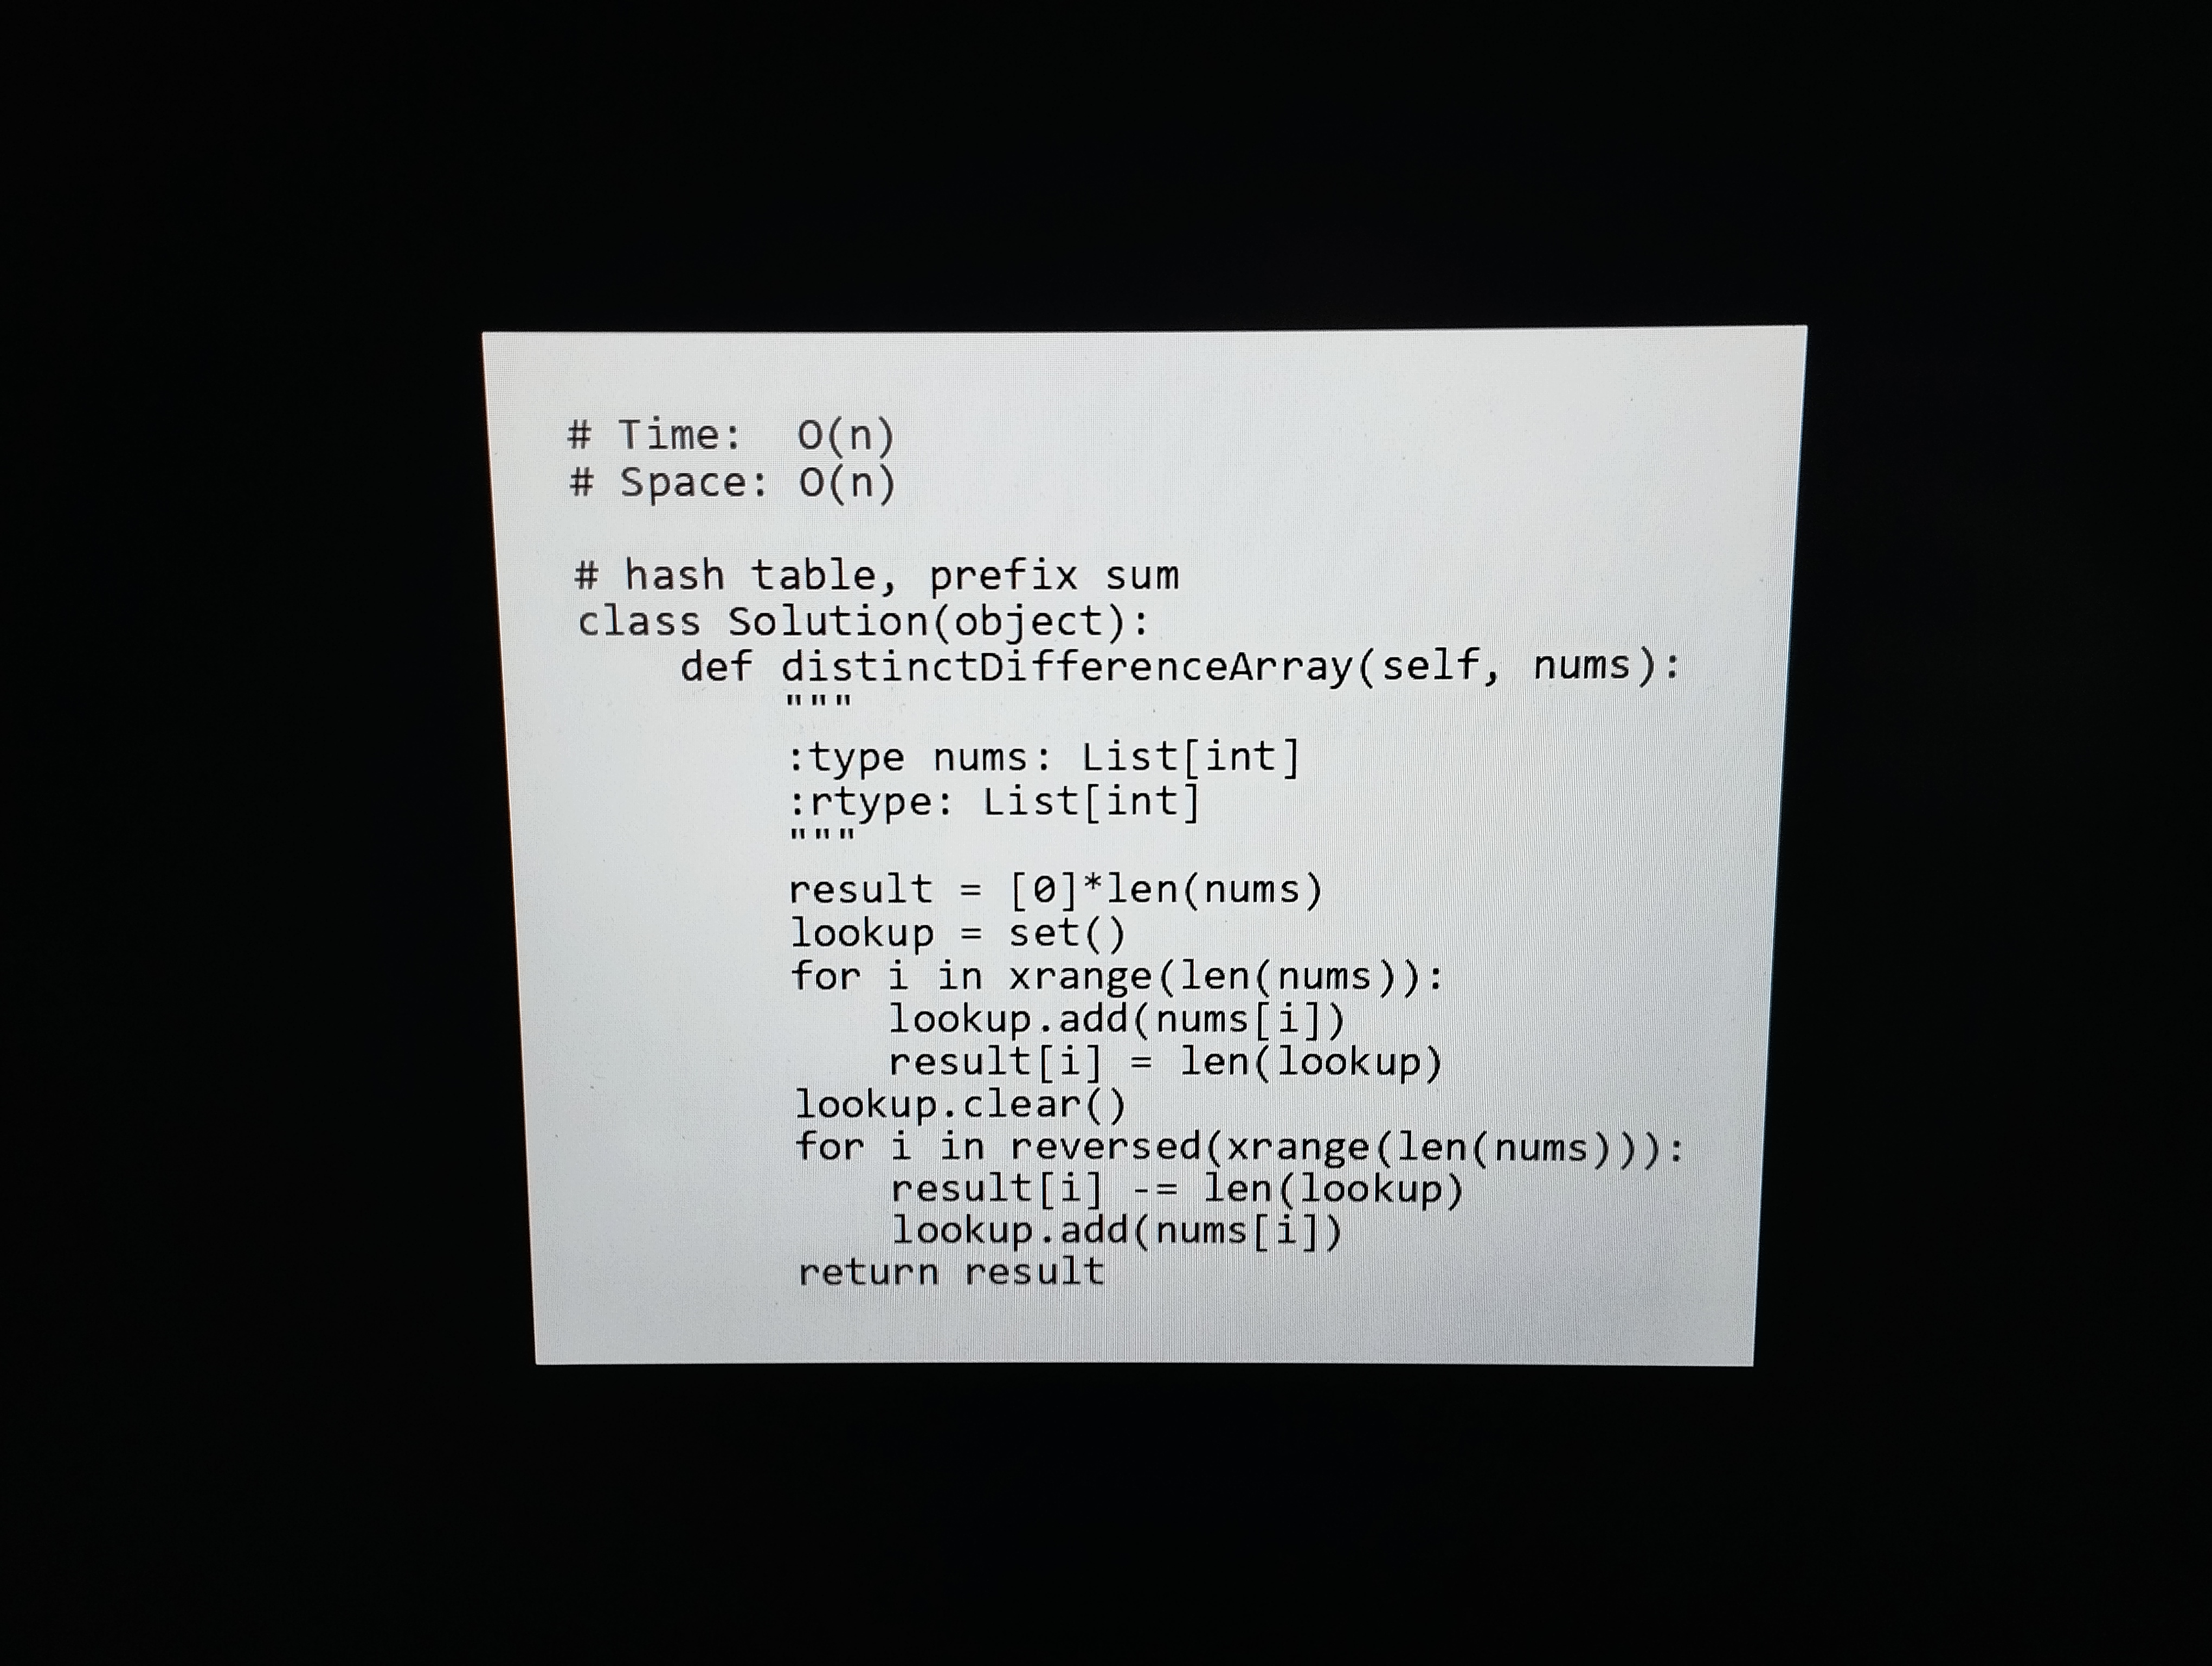
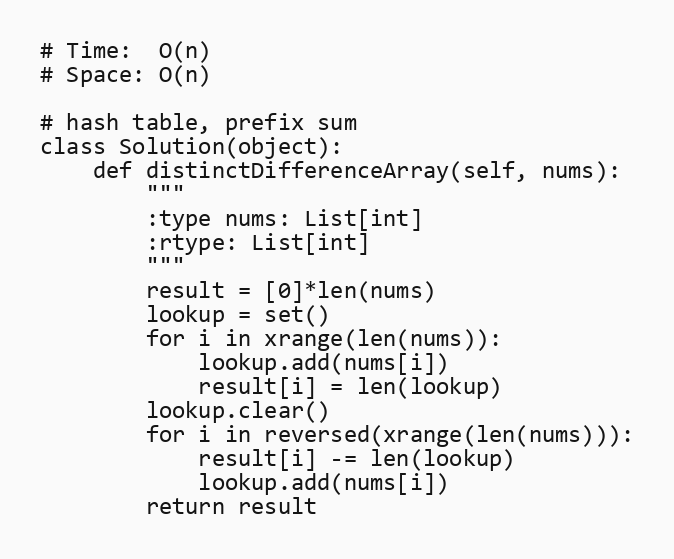
# Time:  O(n)
# Space: O(n)

# hash table, prefix sum
class Solution(object):
    def distinctDifferenceArray(self, nums):
        """
        :type nums: List[int]
        :rtype: List[int]
        """
        result = [0]*len(nums)
        lookup = set()
        for i in xrange(len(nums)):
            lookup.add(nums[i])
            result[i] = len(lookup)
        lookup.clear()
        for i in reversed(xrange(len(nums))):
            result[i] -= len(lookup)
            lookup.add(nums[i])
        return result